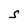
Character: S